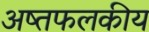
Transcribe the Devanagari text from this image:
अष्तफलकीय